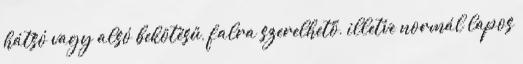
hátsó vagy alsó bekötésű, falra szerelhető, illetve normál lapos